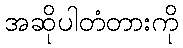
အဆိုပါတံတားကို